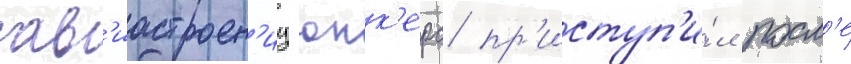
ав'иастроен'иу юнк'ерс пр'иступ'и́л посл'е